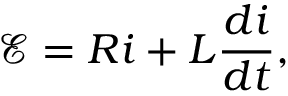
\mathcal E = R i + L \frac { d i } { d t } ,